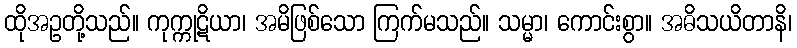
ထိုအဥတို့သည်။ ကုက္ကုဋိယာ၊ အမိဖြစ်သော ကြက်မသည်။ သမ္မာ၊ ကောင်းစွာ။ အဓိသယိတာနိ၊